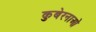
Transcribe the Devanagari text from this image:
कुबेरनाओ